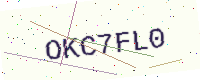
Text: OKC7FL0